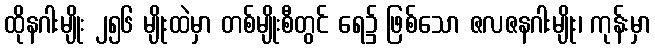
ထိုနဂါးမျိုး ၂၅၆ မျိုးထဲမှာ တစ်မျိုးစီတွင် ရေ၌ ဖြစ်သော ဇလဇနဂါးမျိုး၊ ကုန်းမှာ